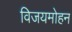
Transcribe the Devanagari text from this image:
विजयमोहन